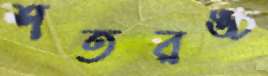
শতরঙ্চ